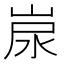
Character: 𡷷